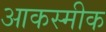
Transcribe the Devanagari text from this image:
आकस्मीक